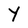
Character: Y